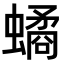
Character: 𧑐